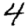
Digit: 4